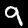
Label: 9